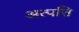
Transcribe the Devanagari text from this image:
अत्पत्ति